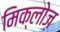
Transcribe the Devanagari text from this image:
मिक्लोज़